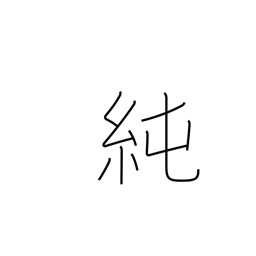
Meaning: purity